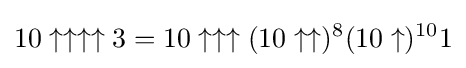
10\uparrow \uparrow \uparrow \uparrow 3=10\uparrow \uparrow \uparrow (10\uparrow \uparrow )^{8}(10\uparrow )^{10}1